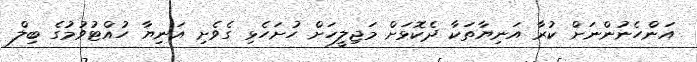
އަންހެނުންނަށް ކުރާ އަނިޔާތަކާ ދެކޮޅަށް މަޖިލީހަށް ހުށަހެޅި ގެވެށި އަނިޔާ ހުއްޓުވުމުގެ ބިލް